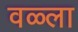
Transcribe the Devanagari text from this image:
वळ्ला